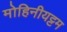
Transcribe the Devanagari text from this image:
मोहिनीयट्टम